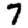
Digit: 7